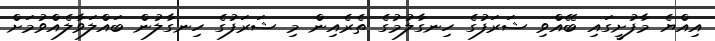
އިއްޔެ މާފުށީގައި ބޭއްވި ޝަރަފުގެ ހިނގާލުމުގެ ތެރެއިން މި ޝަރަފުގެ ހިނގާލުން ބައްލަވާލެއްވުމަށް